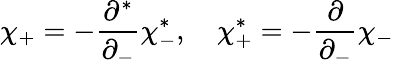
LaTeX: \chi_{+}=-\frac{\partial^{*}}{\partial_{-}}\chi_{-}^{*},\quad\chi_{+}^{*}=-\frac{\partial}{\partial_{-}}\chi_{-}